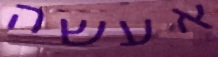
אעשה